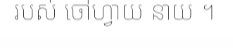
របស់ ចៅហ្វាយ នាយ ។